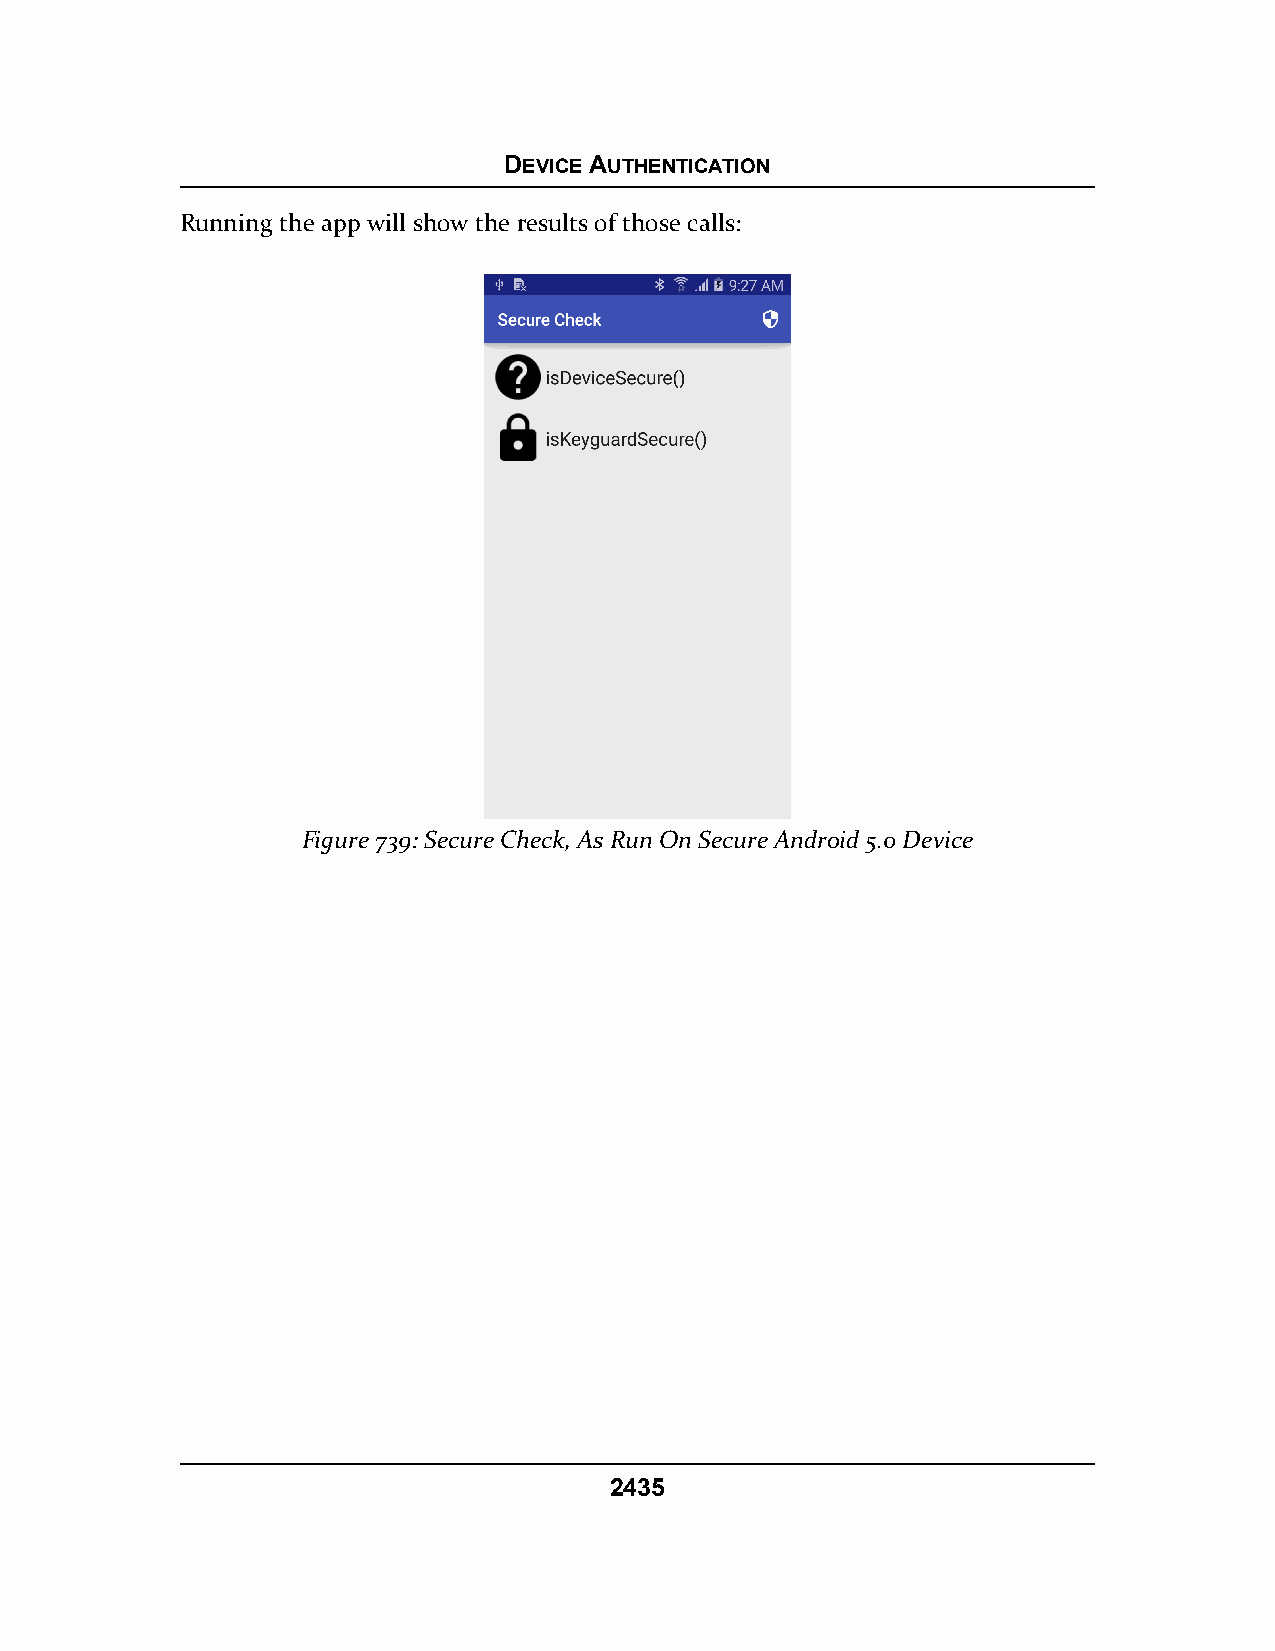
DEVICE AUTHENTICATION
 Running the app will show the results of those calls:
 Figure 739: Secure Check, As Run On Secure Android 5.0 Device
 2435